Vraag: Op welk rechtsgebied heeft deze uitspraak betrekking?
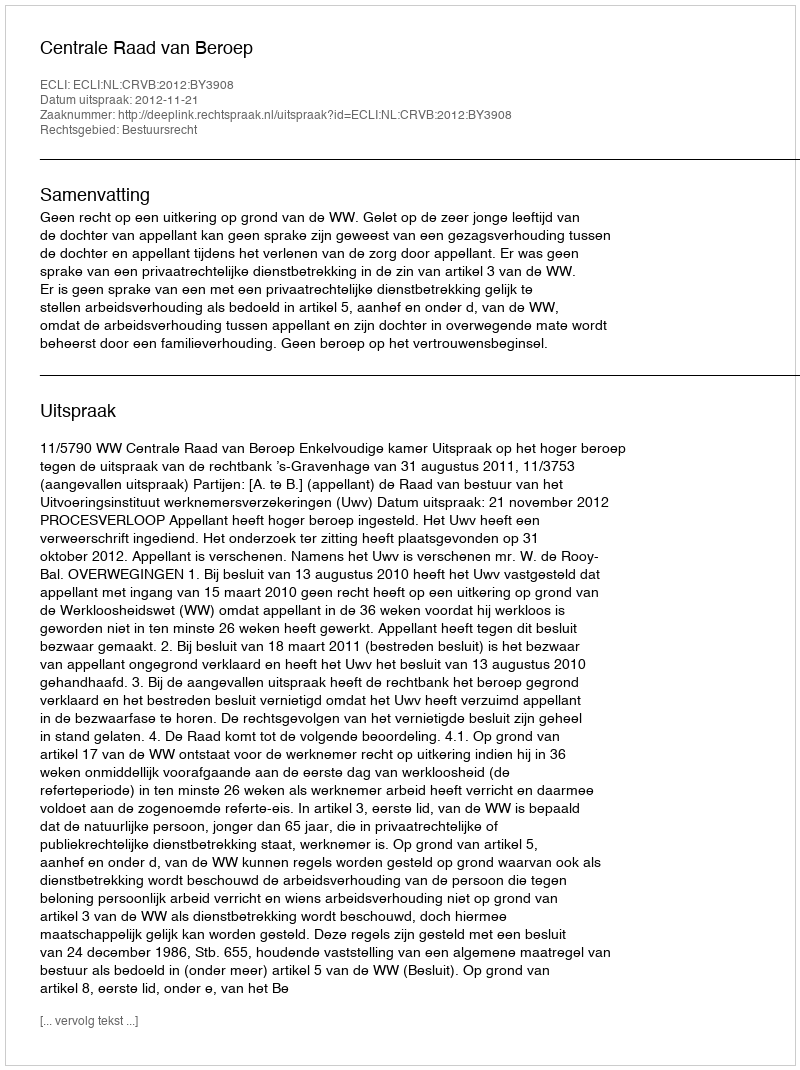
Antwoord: Bestuursrecht